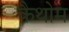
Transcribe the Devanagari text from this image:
कैथोम